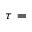
\tau =